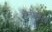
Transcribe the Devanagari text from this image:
शैलीसौंदर्य